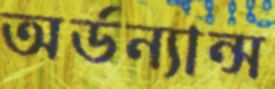
অর্ডন্যান্স